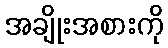
အချိုးအစားကို